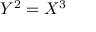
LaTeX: Y ^ { 2 } = X ^ { 3 }